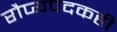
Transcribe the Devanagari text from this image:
रौप्यपदकही